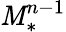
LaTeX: \mathit{M}_{*}^{n-1}